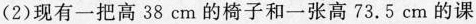
(2)现有一把高38cm的椅子和一张高73.5cm的课